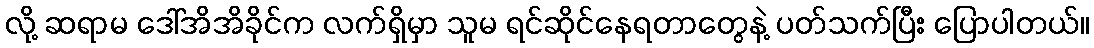
လို့ ဆရာမ ဒေါ်အိအိခိုင်က လက်ရှိမှာ သူမ ရင်ဆိုင်နေရတာတွေနဲ့ ပတ်သက်ပြီး ပြောပါတယ်။